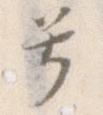
号